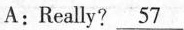
A:Really? \underline{57}